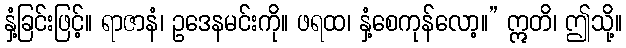
နှံ့ခြင်းဖြင့်။ ရာဇာနံ၊ ဥဒေနမင်းကို။ ဖရထ၊ နှံ့စေကုန်လော့။” ဣတိ၊ ဤသို့။